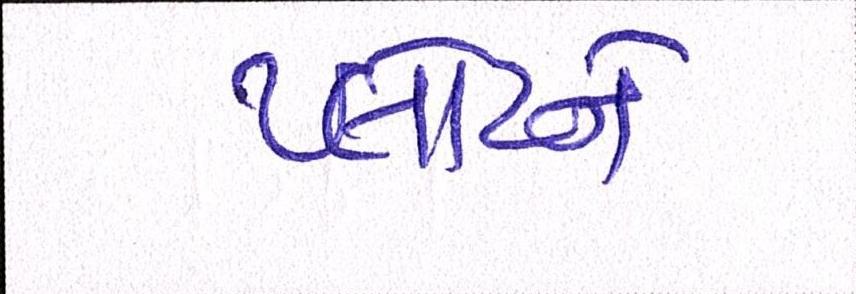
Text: પ્લોટને